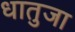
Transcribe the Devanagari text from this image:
धातुजा